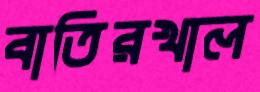
বাতিরখাল